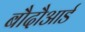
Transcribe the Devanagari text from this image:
बौदौआर्ड